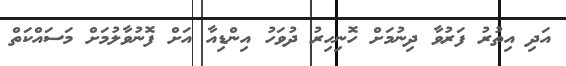
އަދި އިތުރު ފަރުވާ ދިނުމަށް ހޮނިހިރު ދުވަހު އިންޑިއާ އަށް ފޮނުވާލުމަށް މަސައްކަތް